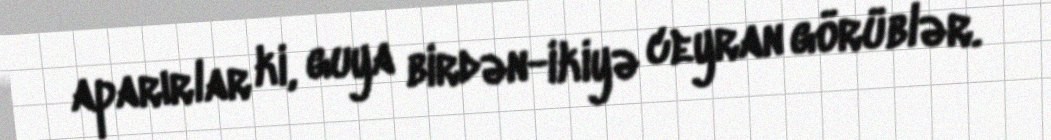
aparırlar ki, guya birdən-ikiyə ceyran görüblər.